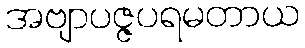
အဗျာပဇ္ဇပရမတာယ